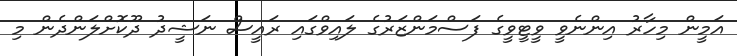
އަމީން މިހާރު އިންނެވީ ވީޓީވީގެ ފަސްމަންޒަރުގެ ލައިވްގައި ރައީސް ނަޝީދު ދޫކޮށްލަންދެން މި